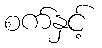
စက်နှင့်